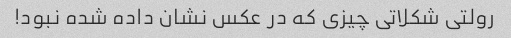
رولتی شکلاتی چیزی که در عکس نشان داده شده نبود!